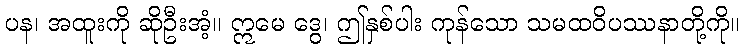
ပန၊ အထူးကို ဆိုဦးအံ့။ ဣမေ ဒွေ၊ ဤနှစ်ပါး ကုန်သော သမထဝိပဿနာတို့ကို။